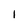
Character: 1